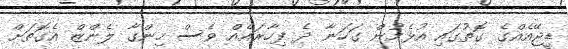
ޑީޖޭއެއްގެ ގޮތުގައި އުޅެމުން ގަހަނާ ދެ ފިހާރައެއް ވެސް ހިންގާ ލެންޒް އެގޮތަށް